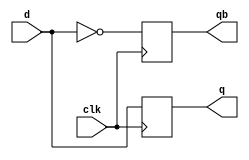
//`timescale 1ns / 1ns

module dFlip(d,clk,q,qb);
input d,clk;
output q,qb;
reg q,qb;


always @(posedge clk)
	begin
		  q = d;
		  qb = ~q;
	end
endmodule